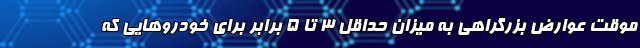
موقت عوارض بزرگراهی به میزان حداقل ۳ تا ۵ برابر برای خودرو‌هایی که